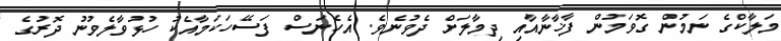
މަލާކްގެ ނަމުން ގޮވަމުން ފާޚާނާއާއި ދިމާލަށް ދެވުނެވެ. އެހެނަސް ފަސޭހަކަމާއެކު ހުޅުވާލެވުނު ދޮރުގެ